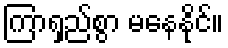
ကြာရှည်စွာ မနေနိုင်။